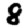
Digit: 8